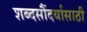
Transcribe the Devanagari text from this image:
शब्दसौंदर्यासाठी